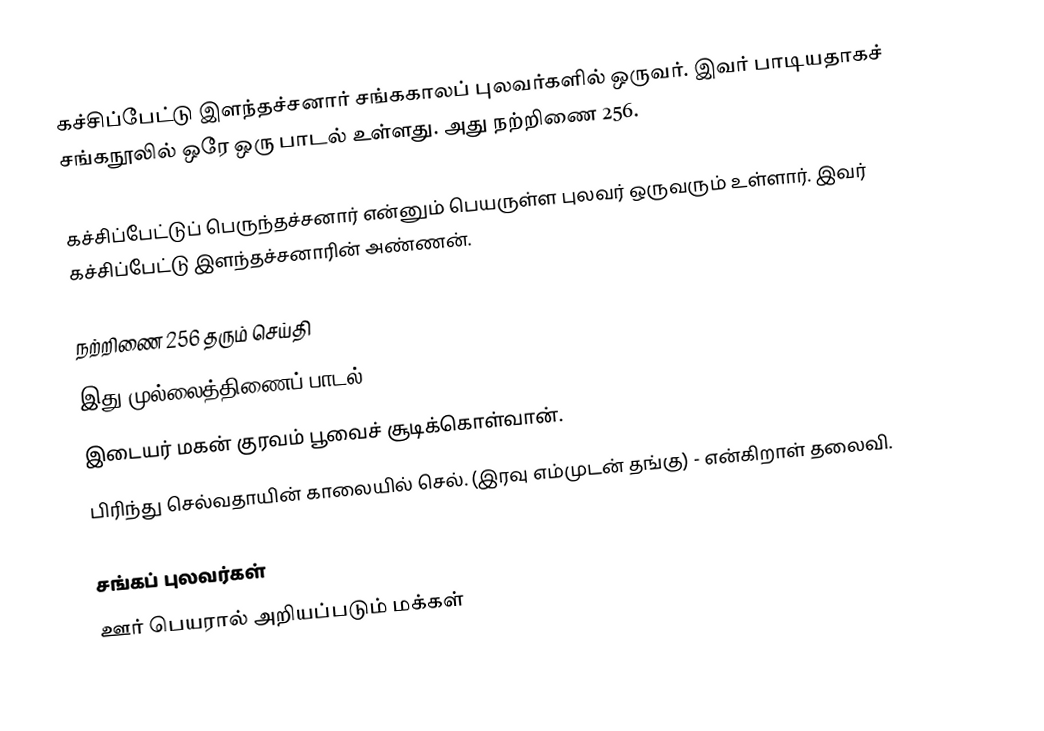
கச்சிப்பேட்டு இளந்தச்சனார் சங்ககாலப் புலவர்களில் ஒருவர். இவர் பாடியதாகச் சங்கநூலில் ஒரே ஒரு பாடல் உள்ளது. அது நற்றிணை 256.

கச்சிப்பேட்டுப் பெருந்தச்சனார் என்னும் பெயருள்ள புலவர் ஒருவரும் உள்ளார். இவர் கச்சிப்பேட்டு இளந்தச்சனாரின் அண்ணன்.

நற்றிணை 256 தரும் செய்தி
இது முல்லைத்திணைப் பாடல்.
 இடையர் மகன் குரவம் பூவைச் சூடிக்கொள்வான்.
பிரிந்து செல்வதாயின் காலையில் செல். (இரவு எம்முடன் தங்கு) - என்கிறாள் தலைவி.

சங்கப் புலவர்கள்
ஊர் பெயரால் அறியப்படும் மக்கள்